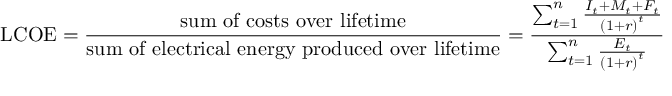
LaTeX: \mathrm { L C O E } = { \frac { \mathrm { s u m ~ o f ~ c o s t s ~ o v e r ~ l i f e t i m e } } { \mathrm { s u m ~ o f ~ e l e c t r i c a l ~ e n e r g y ~ p r o d u c e d ~ o v e r ~ l i f e t i m e } } } = { \frac { \sum _ { t = 1 } ^ { n } { \frac { I _ { t } + M _ { t } + F _ { t } } { \left( { 1 + r } \right) ^ { t } } } } { \sum _ { t = 1 } ^ { n } { \frac { E _ { t } } { \left( { 1 + r } \right) ^ { t } } } } }